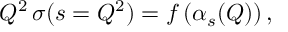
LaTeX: Q ^ { 2 } \, \sigma ( s = Q ^ { 2 } ) = f \left( \alpha _ { s } ( Q ) \right) ,